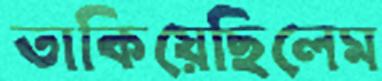
তাকিয়েছিলেম